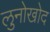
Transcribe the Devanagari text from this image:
लुनोखोद